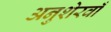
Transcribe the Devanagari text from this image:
अनुशेरवाँ